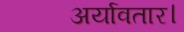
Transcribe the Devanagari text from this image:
अर्यावतार।